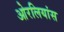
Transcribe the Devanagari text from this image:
ओरलियांस